Lunatic asylums Central Provinces reports 1886-1894 - 1886-1894
Year: 1886
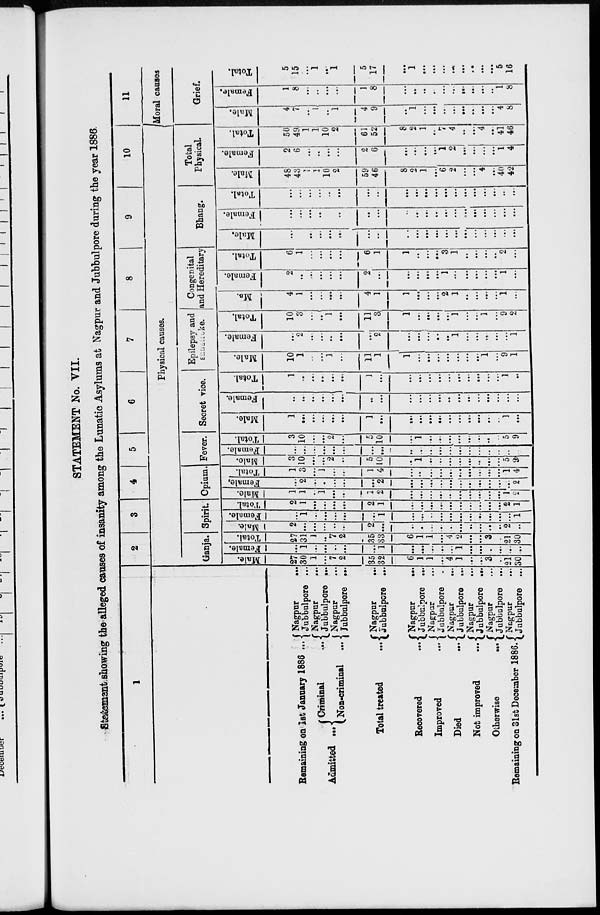
STATEMENT No. VII.
Statement showing the alleged causes of insanity among the Lunatic Asylums at Nagpur and Jubbulpore during the year 1886.
1
Remaining on 1st January 1886 ...
Admitted ...
Criminal
...
Non-criminal ...
Total treated
...
Recovered
...
Improved
...
Died
...
Not improved
...
Otherwise
...
Remaining on 31st December 1886.
Nagpur
...
Jubbulpore ...
Nagpur ...
Jubbulpore ...
Nagpur ...
Jubbulpore ...
Nagpur
...
Jubbulpore ...
Nagpur ...
Jubbulpore ...
Nagpur ...
Jubbulpore ...
Nagpur ...
Jubbulpore ...
Nagpur ...
Jubbulpore ...
Nagpur ...
Jubbulpore ...
Nagpur
...
Jubbulpore ...
2
3
4
5
6
7
8
9
10
Physical causes.
Ganja.
Male.
27
30
1
...
7
2
35
32
6
1
1
...
4
1
...
...
3
...
21
30
Female.
...
1
...
...
...
...
...
1
...
...
...
...
...
1
...
...
...
...
...
...
Total.
27
31
1
...
7
2
35
33
6
1
1
...
4
2
...
...
3
...
21
30
Spirit.
Male.
2
...
...
...
...
...
2
...
...
...
...
...
...
...
...
...
...
...
2
...
Female.
...
1
...
...
...
...
...
1
...
...
...
...
...
...
...
...
...
...
...
1
Total.
2
1
...
...
...
...
2
1
...
...
...
...
...
...
...
...
...
...
2
1
Opium.
Male.
1
1
...
1
...
...
1
2
...
...
...
...
...
...
...
...
...
...
1
2
Female.
...
2
...
...
...
...
...
2
...
...
...
...
...
...
...
...
...
...
...
2
Total.
1
3
...
1
...
...
1
4
...
...
...
...
...
...
...
...
...
...
1
4
Fever.
Male.
3
10
...
...
2
...
5
10
...
1
...
...
...
...
...
...
...
...
5
9
Female.
...
...
...
...
...
...
...
...
...
...
...
...
...
...
...
...
...
...
...
...
Total.
3
10
...
...
2
...
5
10
...
1
...
...
...
...
...
...
...
...
5
9
Secret vice.
Male.
1
...
...
...
...
...
1
...
...
...
...
...
...
...
...
...
...
...
1
...
Female.
...
...
...
...
...
...
...
...
...
...
...
...
...
...
...
...
...
...
...
...
Total.
1
...
...
...
...
...
1
...
...
...
...
...
...
...
...
...
...
...
1
...
Epilepsy and
sunstroke.
Male.
10
1
...
...
1
...
11
1
1
...
...
...
...
...
...
...
1
...
9
1
Female.
...
2
...
...
...
...
...
2
...
...
...
...
...
1
...
...
...
...
...
1
Total.
10
3
...
...
1
...
11
3
1
...
...
...
...
1
...
...
1
...
9
2
Congenital
and Hereditary.
Male.
4
1
...
...
...
...
4
1
1
...
...
...
2
1
...
...
...
...
1
...
Female.
2
...
...
...
...
...
2
...
...
...
...
...
1
...
...
...
...
...
1
...
Total.
6
1
...
...
...
...
6
1
1
...
...
...
3
1
...
...
...
...
2
...
Bhang.
Male.
...
...
...
...
...
...
...
...
...
...
...
...
...
...
...
...
...
...
...
...
Female.
...
...
...
...
...
...
...
...
...
...
...
...
...
...
...
...
...
...
...
...
Total.
...
...
...
...
...
...
...
...
...
...
...
...
...
...
...
...
...
...
...
...
Total
Physical.
Male.
48
43
1
1
10
2
59
46
8
2
1
...
6
2
...
...
4
...
40
42
Female.
2
6
...
...
...
...
2
6
...
...
...
...
1
2
...
...
...
...
1
4
Total.
50
49
1
1
10
2
61
52
8
2
1
...
7
4
...
...
4
...
41
46
11
Moral causes
Grief.
Male.
4
7
...
1
...
1
4
9
...
1
...
...
...
...
...
...
...
...
4
8
Female.
1
8
...
...
...
...
1
8
...
...
...
...
...
...
...
...
...
...
1
8
Total.
5
15
...
1
...
1
5
17
...
1
...
...
...
...
...
...
...
...
5
16